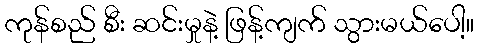
ကုန်စည် စီး ဆင်းမှုနဲ့ ဖြန့်ကျက် သွားမယ်ပေါ့။